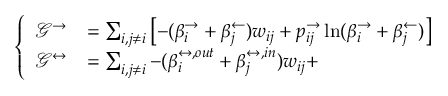
\left\{ \begin{array} { l l } { \mathcal { G } ^ { \rightarrow } } & { = \sum _ { i , j \neq i } \left[ - ( \beta _ { i } ^ { \rightarrow } + \beta _ { j } ^ { \leftarrow } ) w _ { i j } + p _ { i j } ^ { \rightarrow } \ln ( \beta _ { i } ^ { \rightarrow } + \beta _ { j } ^ { \leftarrow } ) \right] } \\ { \mathcal { G } ^ { \leftrightarrow } } & { = \sum _ { i , j \neq i } - ( \beta _ { i } ^ { \leftrightarrow , o u t } + \beta _ { j } ^ { \leftrightarrow , i n } ) w _ { i j } + } \end{array} \right.